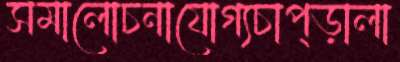
সমালোচনাযোগ্যচাপ্‌ড়ালা